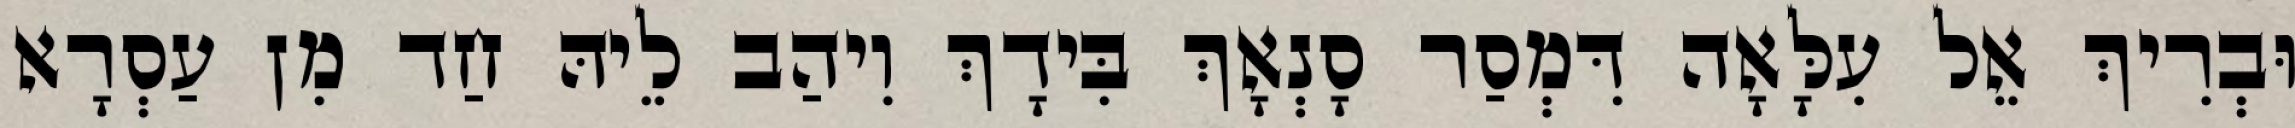
וּבְרִיךְ אֵל עִלָּאָה דִּמְסַר סָנְאָךְ בִּידָךְ וִיהַב לֵיהּ חַד מִן עַסְרָא